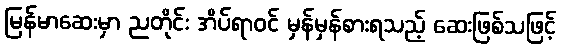
မြန်မာဆေးမှာ ညတိုင်း အိပ်ရာဝင် မှန်မှန်စားရသည့် ဆေးဖြစ်သဖြင့်